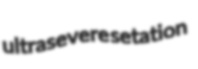
ultrasevere setation